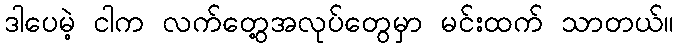
ဒါပေမဲ့ ငါက လက်တွေ့အလုပ်တွေမှာ မင်းထက် သာတယ်။